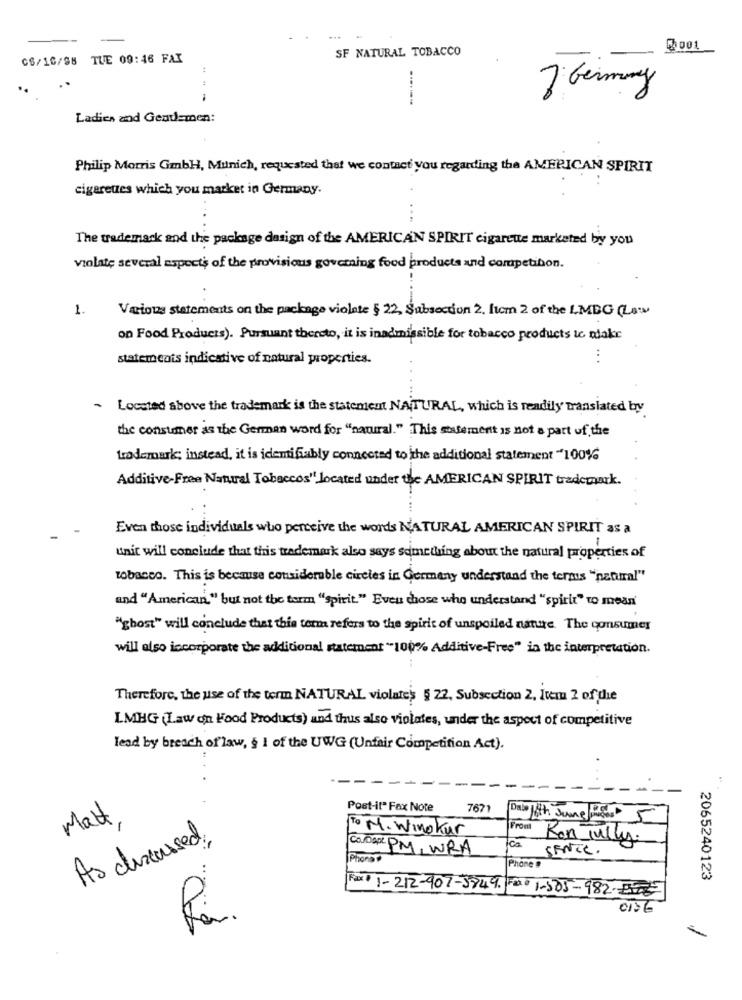
SF NATURAL TOBACCO
CS/10/98 TUE 09:46 FAX
7 Germany
-
------
Ladies and Gendemen:
Philip Morris GmbH, Munich, requested that we contact you regarding the AMERICAN SPIRIT
cigaretzes which you market in Germany.
The trademark and the package dasign of the AMERICAN SPIRIT cigarette marketed by you
violate several aspects of the provisions governing food products and competition.
1.
Various statements on the package violate § 22, Subsection 2. Itcm 2 of the LMBG (Law
on Food Products). Pursuant thereto, it is inadmissible for tobacco products to make
statements indicative of natural properties.
...
- Located above the trademark is the statement NATURAL, which is readily translated by
the consumer as the German word for "natural." This statement is not a part of the
trademark; instead, it is identifiably connected to the additional statement "100%
Additive-Free Natural Tobaccos" located under the AMERICAN SPIRIT trademark.
Even those individuals who perceive the words NATURAL AMERICAN SPIRIT as a
unit will conclude that this trademark also says something about the natural properties of
tobacco. This is because considerable circles in Germany understand the termis "natural"
and "American." but not the term "spirit." Even those who understand "spirit" to mean'
""ghost" will conclude that this term refers to the spirit of unspoiled nature The consumer
will also incorporate the additional statement "100% Additive-Free" in the interpretation.
Therefore, the use of the term NATURAL violates § 22, Subsection 2. Item 2 of the
LMHG (Law on Food Products) and thus also violates, under the aspect of competitive
lead by breach of law, § 1 of the UWG (Unfair Competition Act).
Post-it" Fax Note
7671
Matt.
Daba 8th June Pagar 5
To M. Winokur
From
As discussed,
Ron Jully.
Co.Dapt PM WRA
SENEC.
Phono
Phone #
2065240123
Fax + 1-212-407-3849 00 1-505-982.
0136